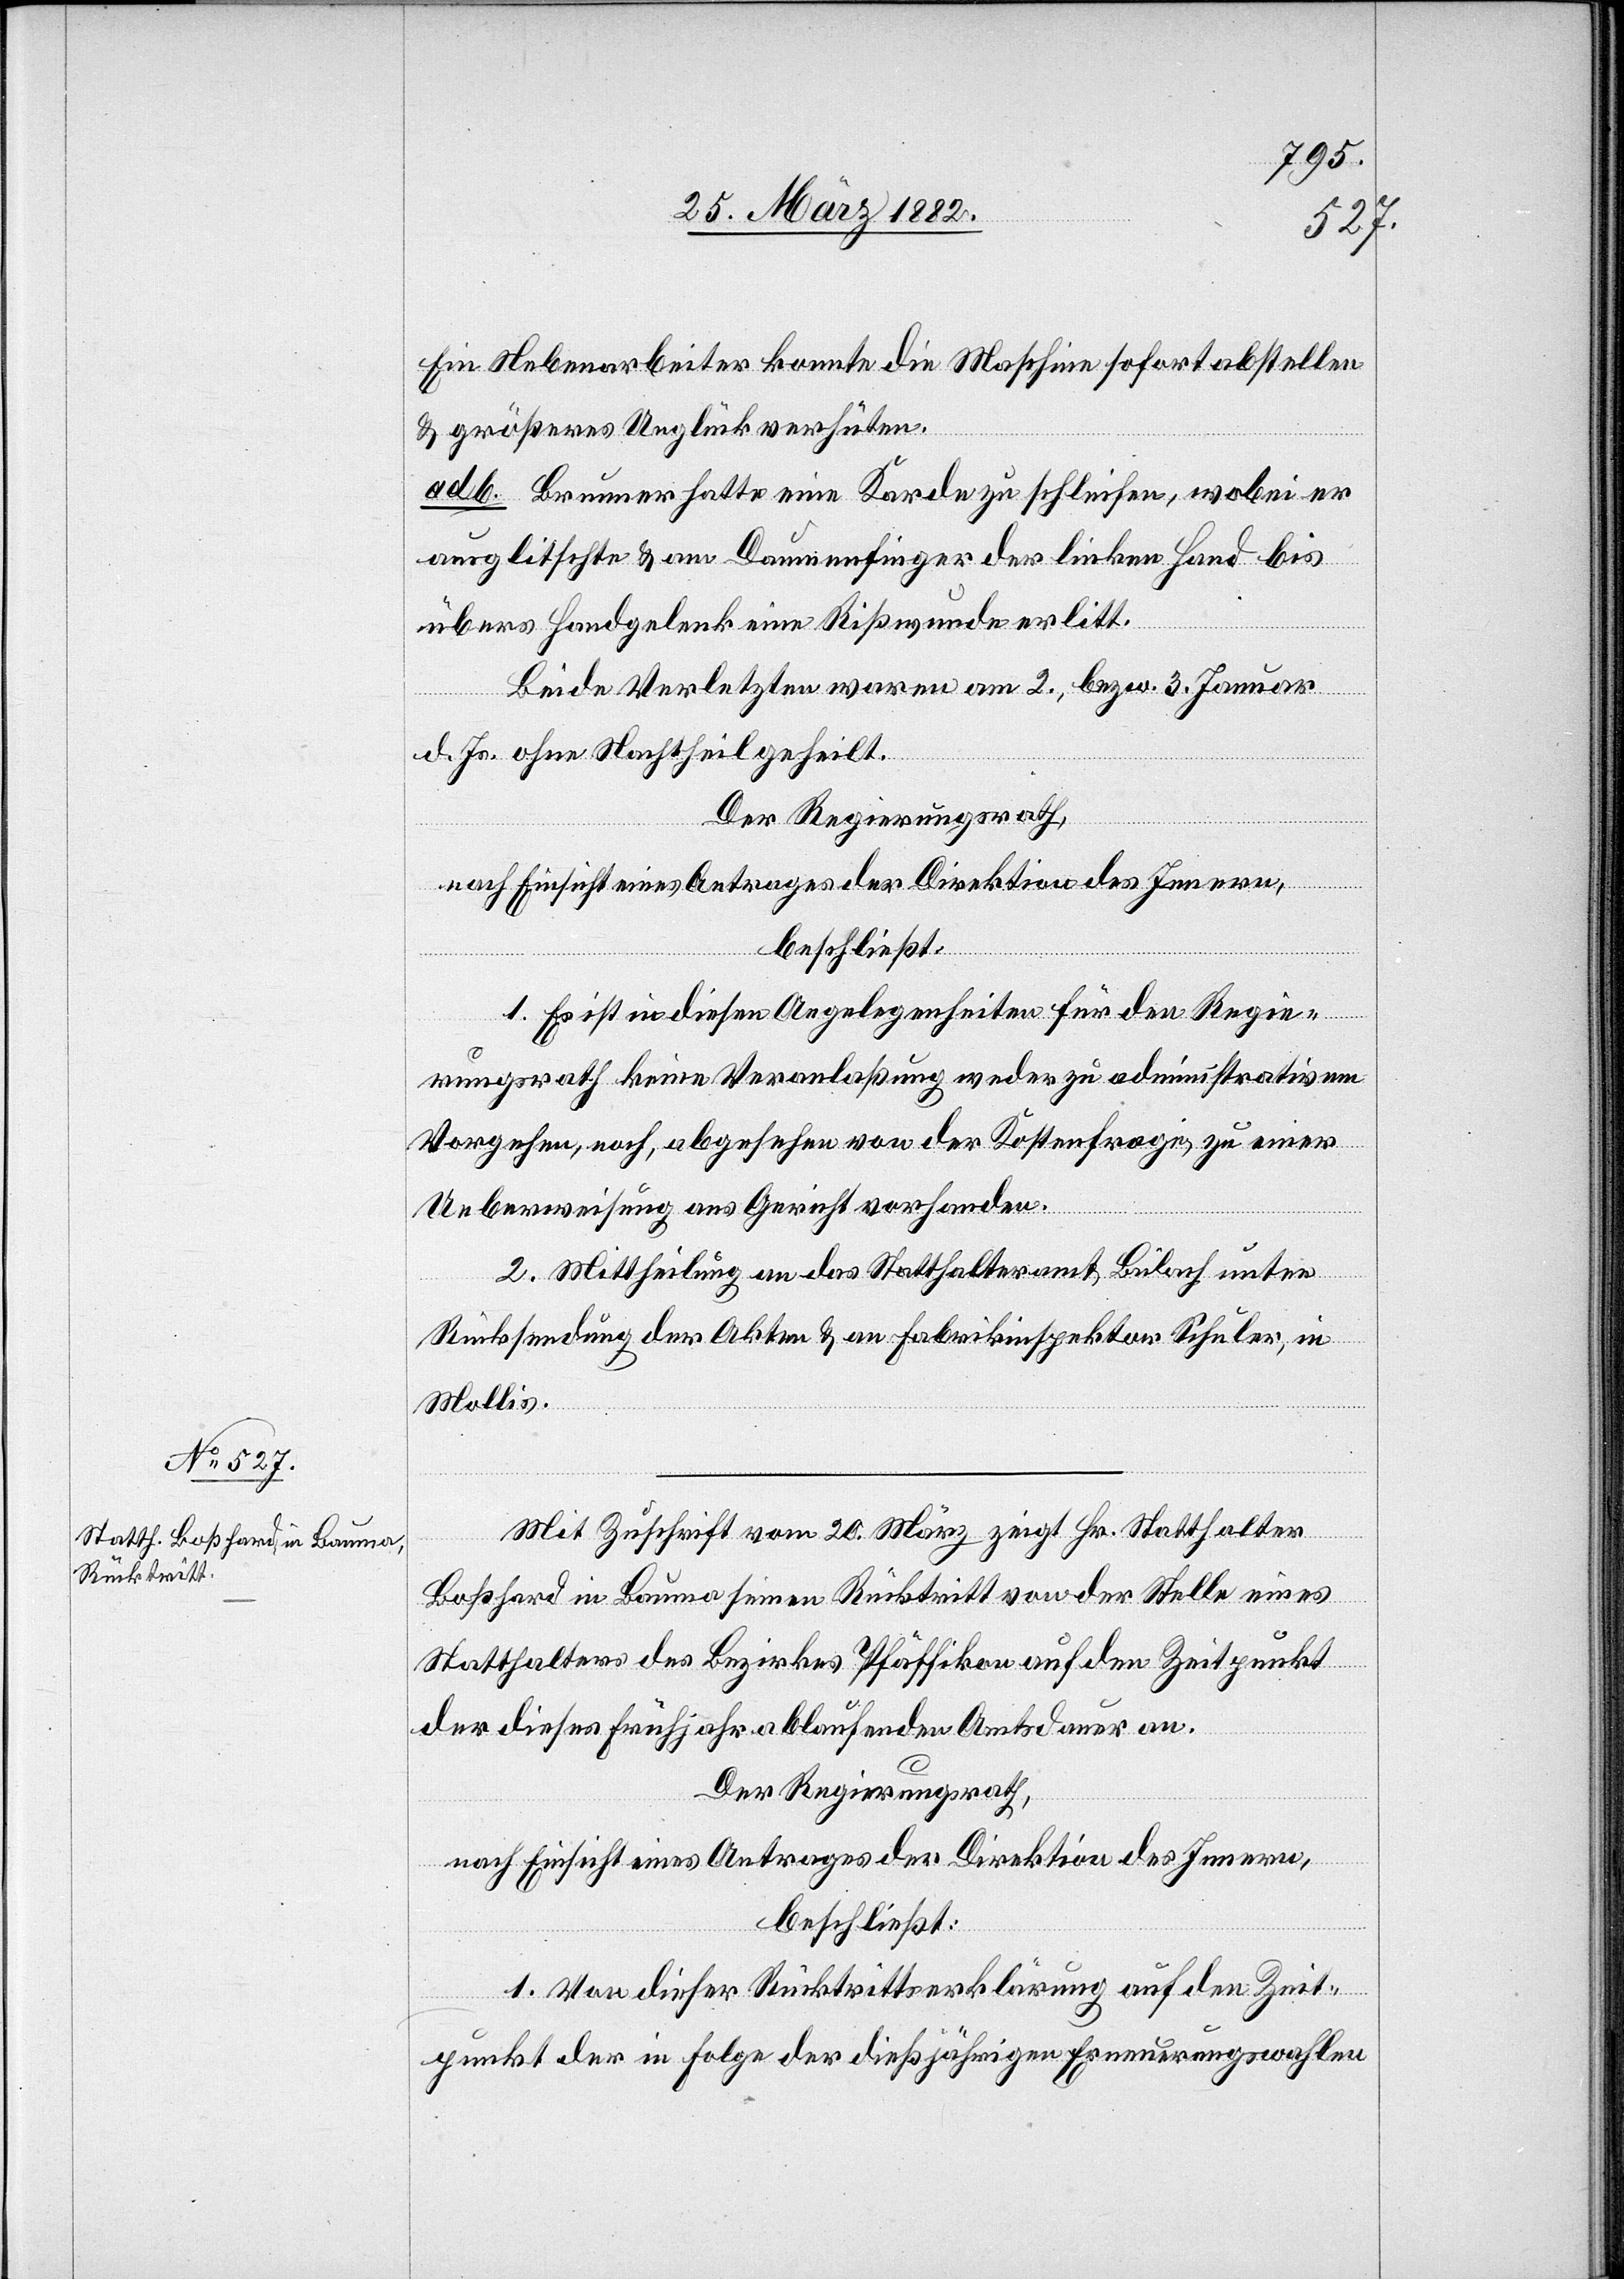
Ein Nebenarbeiter konnte die Maschine sofort abstellen
& größeres Unglück verhüten.
ad b. Brunner hatte eine Korde zu schleifen, wobei er
ausglitschte & am Daumenfinger der linken Hand bis
übers Handgelenk eine Rißwunde erlitt.
Beide Verletzte waren am 2., bezw. 3. Januar
d. Js. ohne Nachtheil geheilt.
Der Regierungsrath,
nach Einsicht eines Antrages der Direktion des Innern,
beschließt:
1. Es ist in diesen Angelegenheiten für den Regie¬
rungsrath keine Veranlaßung weder zu administrativem
Vorgehen, noch, abgesehen von der Kostenfrage, zu einer
Ueberweisung ans Gericht vorhanden.
2. Mittheilung an das Statthalteramt Bülach unter
Rücksendung der Akten & an Fabrikinspektor Schuler, in
Mollis.
Mit Zuschrift vom 20. März zeigt Hr. Statthalter
Boßhard in Bauma seinen Rücktritt von der Stelle eines
Statthalters des Bezirkes Pfäffikon auf den Zeitpunkt
der dieses Frühjahr ablaufenden Amtsdauer an.
Der Regierungsrath,
nach Einsicht eines Antrages der Direktion des Innern,
beschließt:
1. Von dieser Rücktritterklärung auf den Zeit¬
punkt der in Folge der dießjährigen Erneuerungswahlen